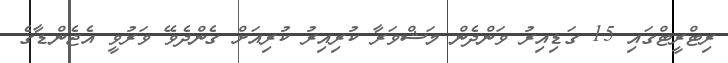
ރިޓްރީޓްގައި 15 ގަޑިއިރު ވަންދެން މަޝްވަރާ ކުރިއިރު ކުރިއަށް ގެންދެވޭ ވަރުވީ އެޖެންޑާގެ